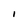
Character: I